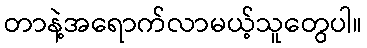
တာနဲ့အရောက်လာမယ့်သူတွေပါ။